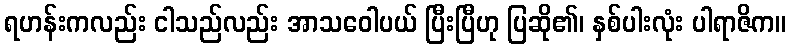
ရဟန်းကလည်း ငါသည်လည်း အာသဝေါပယ် ပြီးပြီဟု ပြဆို၏၊ နှစ်ပါးလုံး ပါရာဇိက။